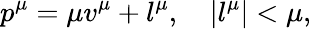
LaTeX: p^{\mu}=\mu v^{\mu}+l^{\mu},\quad\left|l^{\mu}\right|<\mu,